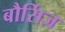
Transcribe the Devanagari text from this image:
बौर्सिज